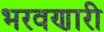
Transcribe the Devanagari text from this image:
भरवणारी